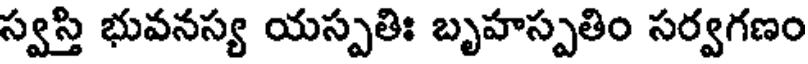
స్వస్తి భువనస్య యస్పతిః బృహస్పతిం సర్వగణం